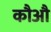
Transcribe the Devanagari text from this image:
कौऔ